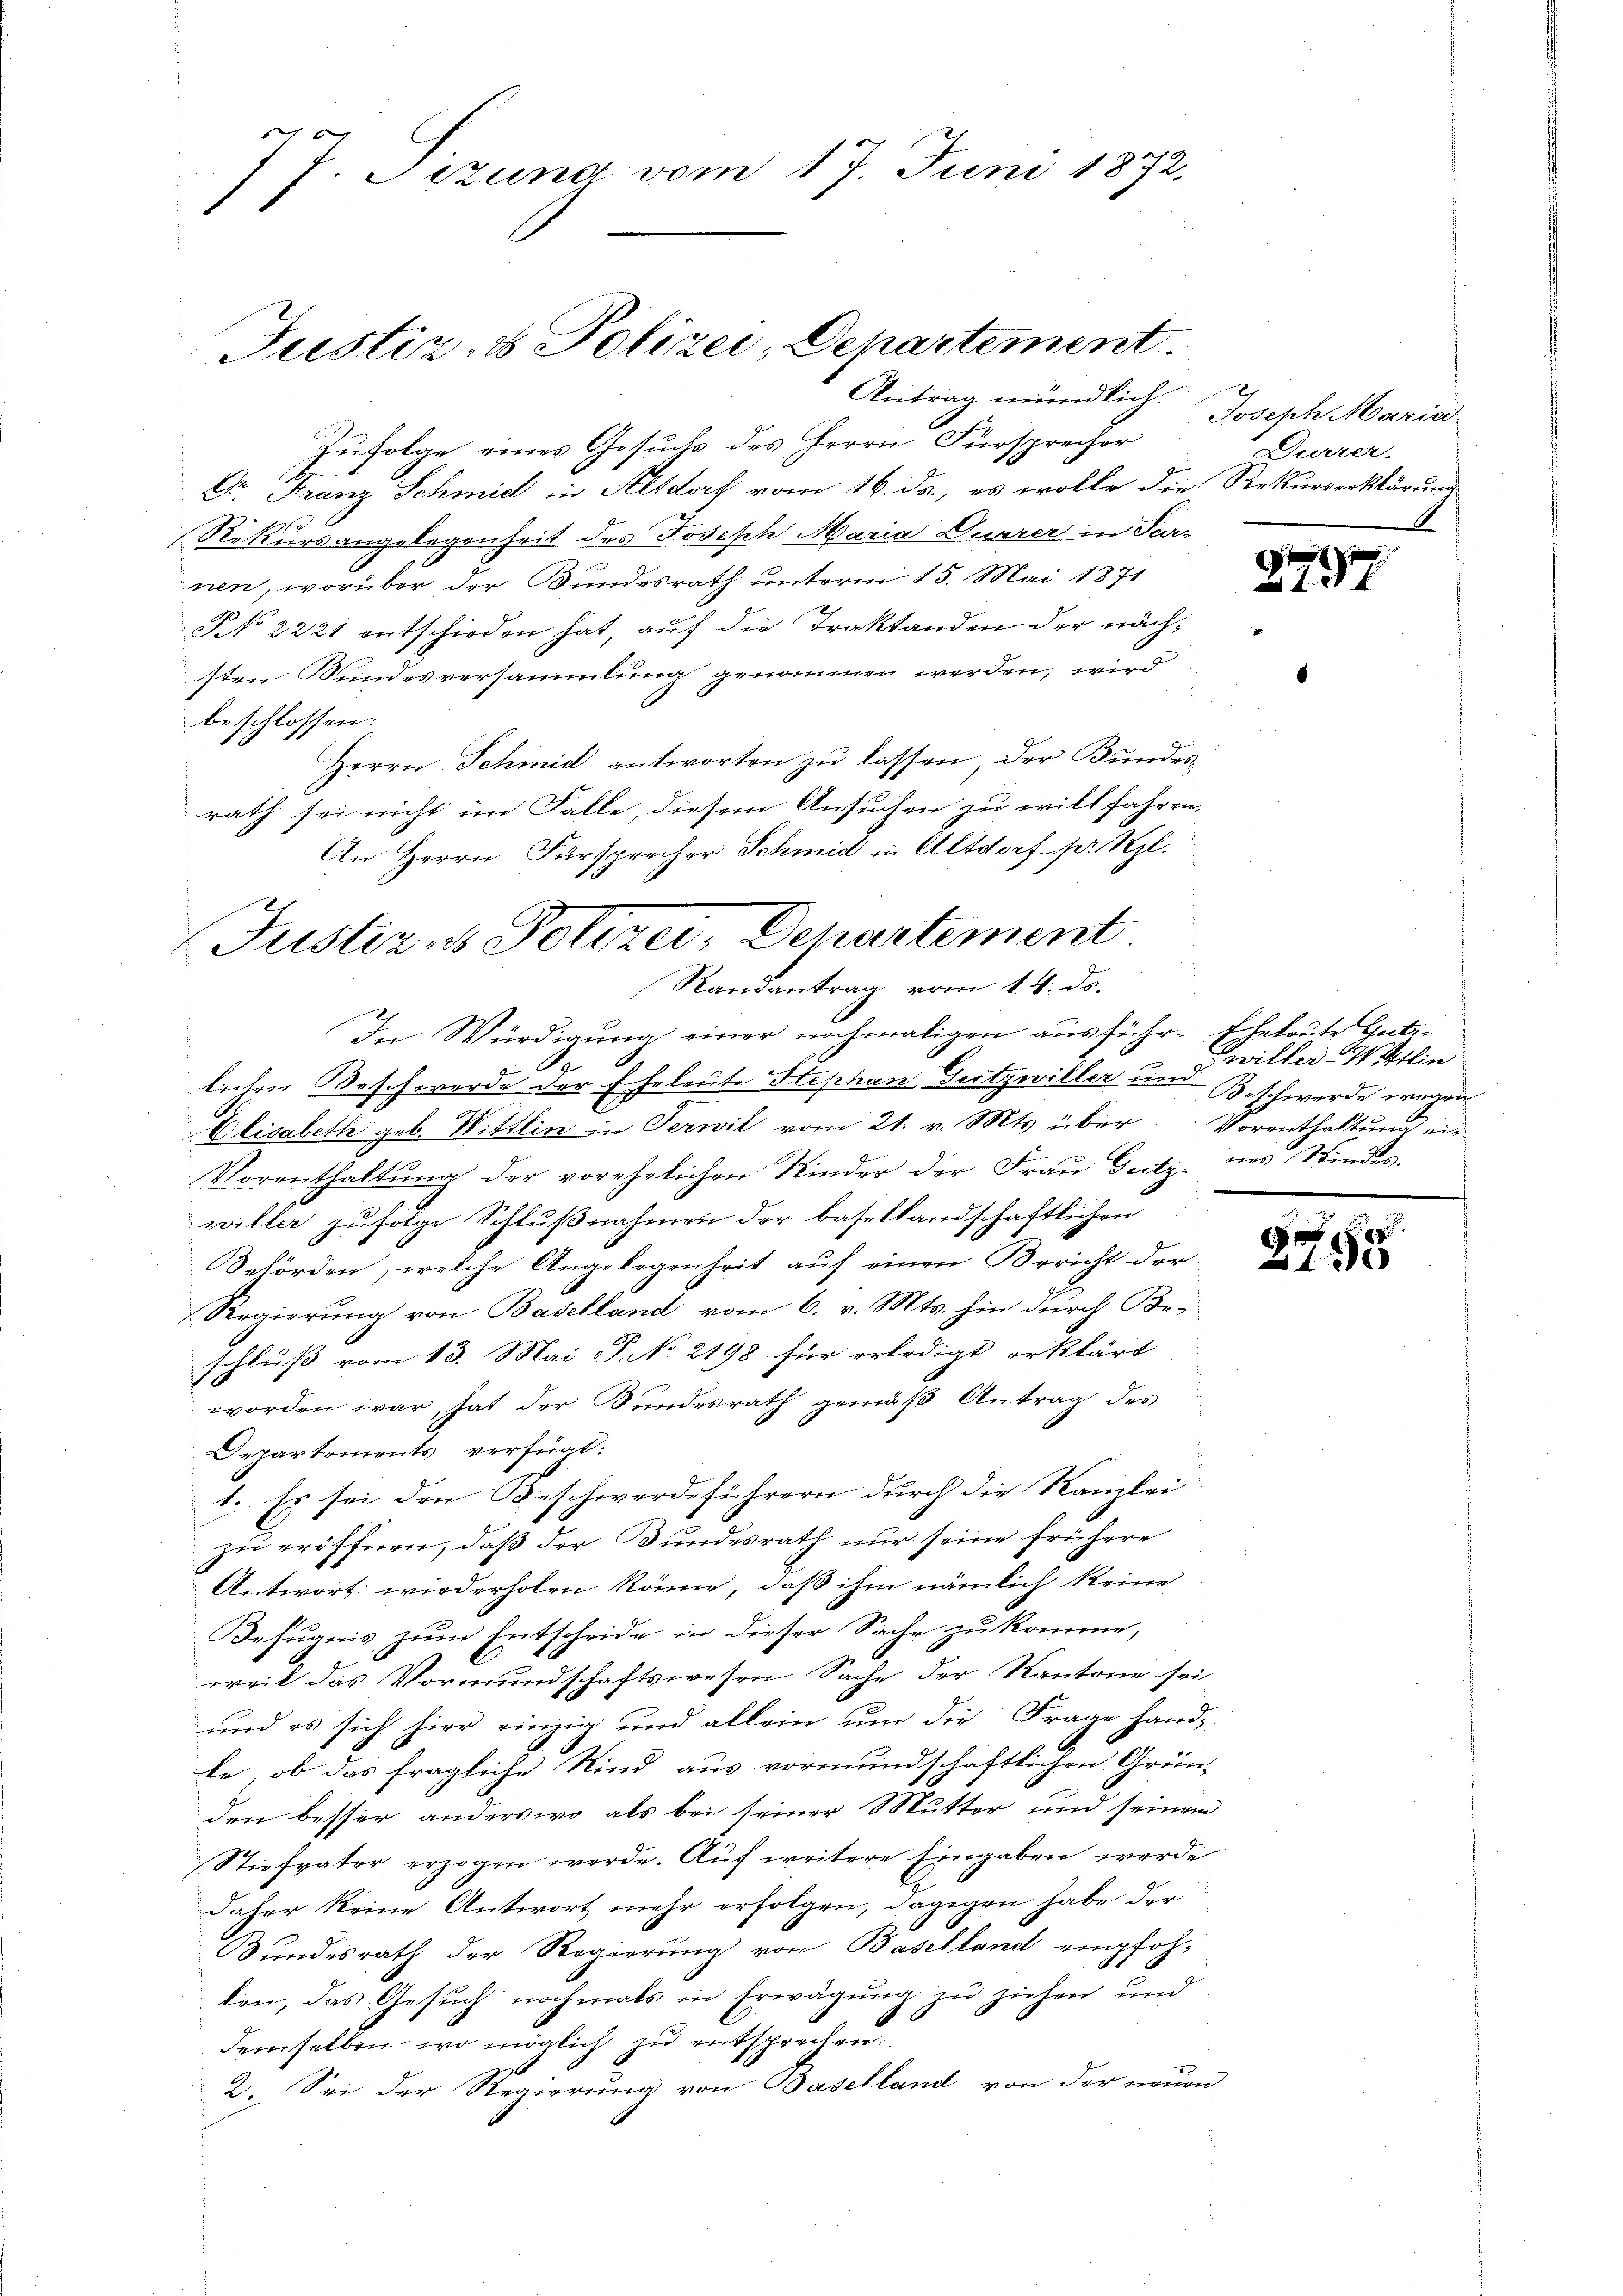
7 J. Sizung vom 17. Juni 1872.

Justiz- & Polizei: Departement.
Antrag mündlich.

Zufolge eines Gesuche des Herrn Fürsprecher
Dr. Franz Schmid in Altdorf vom 16. Ja, es wolle die Rekurserklärung
Rekursangelegenheit des Joseph Maria Furrer in Tei-
nen, worüber der Bundesrath unterm 15. Mai 1871
NNo. 2221 entschieden hat, auf die Traktanden der nächsten Bundesversammlung genommen werden, wird
beschlossen:
Herrn Schmid antworten zu lassen, der Bundesrath sei nicht im Falle, diesem Ansuchen zu will fahren.
An Herrn Fürsprecher Schmid in Altdorf pr. Kgl.
In Würdigung einer nochmaligen ausführ-Eheleute Gut¬
.
lichen Beschwerde der Eheleute Stephan Gutzwiller und Beschwerde wegen
Elisabeth geb. Wittlin in Serwil vom 21. v. Mts. über Vorenthaltung ein
Vorenthaltung der vorehelichen Kinder der Frau Gutz des Kindes.
willer zufolge Schlußnahmen der basellandschaftlichen
Behörden, welche Angelegenheit auf einen Bericht der
Regierung von Baselland vom 6. v. Mts. hin durch Beschluß vom 13. Mai S. No. 2198 für erledigt erklärt
worden war, hat der Bundesrath gemäß Antrag des
Departements verfügt:
1. Es sei den Beschwerdeführern durch die Kanzlei-
zu eröffnen, daß der Bundesrath nur seine frühere
Antwort: wiederholen könne, daß ihm nämlich keine
Befugnis zum Entscheide in dieser Sache zu komme,
weil das Vormundschaftswesen Sache der Kantone sei
und es sich hier einzig und allein um die Frage handle, ob das fragliche Kind aus vormundschaftlichen Grün-
den besser anderswo als bei seiner Mutter und seinem
Stiefvater erzogen werde. Auch weitere Eingaben werde
daher keine Antwort mehr erfolgen, dagegen habe der
Bundesrath der Regierung von Baselland empfohlen, das Gesuch nochmals in Erwägung zu ziehen und
demselben, wo möglich zu entsprechen.
2. Sei der Regierung von Baselland von der neuen

Justiz & Polizei, Departement
Randantrag vom 1. 4. ds.

Joseph Maria
Durrer.

1
180 f

Zwiller-Wittlin

2790